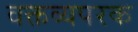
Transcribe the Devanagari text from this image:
वक्तव्यपरक